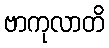
ဗာကုလာတိ